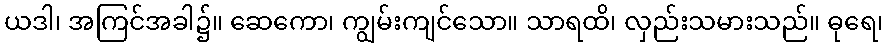
ယဒါ၊ အကြင်အခါ၌။ ဆေကော၊ ကျွမ်းကျင်သော။ သာရထိ၊ လှည်းသမားသည်။ ဓုရေ၊